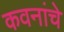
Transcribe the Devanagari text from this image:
कवनांचे